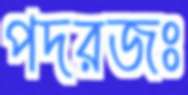
পদরজঃ